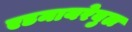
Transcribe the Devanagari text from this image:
एडमायरेबुल